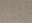
أغلب